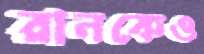
রানকেও